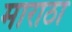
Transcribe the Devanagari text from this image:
माराठा